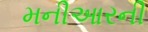
મનીઆરની